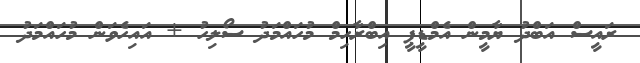
ރައީސް އަބްދު ޔާމީން އެމްޑީޕީ އިބްރާހިމް މުހައްމަދު ސޯލިހު + އައިހެވަން މުހައްމަދު